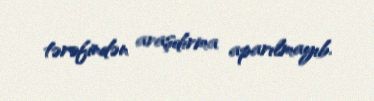
tərəfindən araşdırma aparılmayıb.